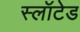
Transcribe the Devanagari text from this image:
स्लॉटेड